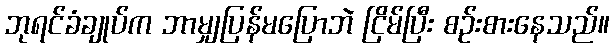
ဘုရင်ခံချုပ်က ဘာမျှပြန်မပြောဘဲ ငြိမ်ပြီး စဉ်းစားနေသည်။